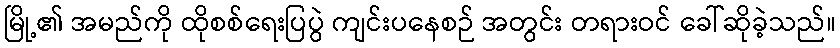
မြို့၏ အမည်ကို ထိုစစ်ရေးပြပွဲ ကျင်းပနေစဉ် အတွင်း တရားဝင် ခေါ်ဆိုခဲ့သည်။